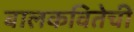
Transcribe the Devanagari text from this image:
बालकवितेची